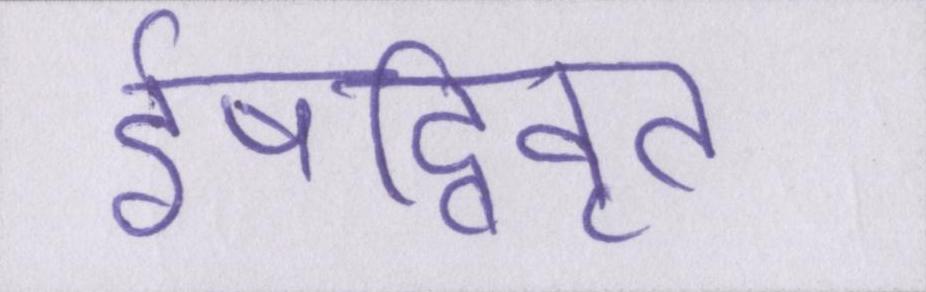
ईषद्विवृत